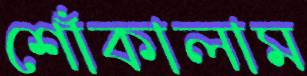
শোঁকালাম